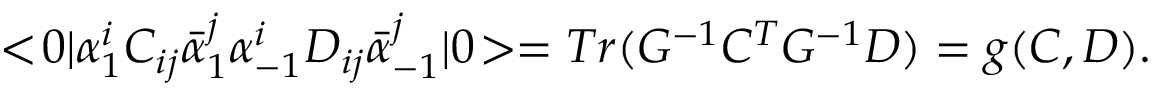
< \! 0 | \alpha _ { 1 } ^ { i } C _ { i j } \bar { \alpha } _ { 1 } ^ { j } \alpha _ { - 1 } ^ { i } D _ { i j } \bar { \alpha } _ { - 1 } ^ { j } | 0 \! > = T r ( G ^ { - 1 } C ^ { T } G ^ { - 1 } D ) = g ( C , D ) .